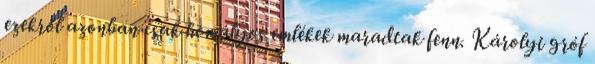
ezekről azonban csak homályos emlékek maradtak fenn. Károlyi gróf